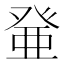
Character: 𰤐